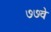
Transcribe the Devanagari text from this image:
७७वे